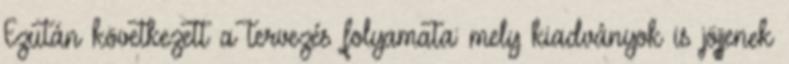
Ezután következett a tervezés folyamata: mely kiadványok is jöjjenek